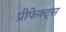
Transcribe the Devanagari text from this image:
प्रीफेक्ट्स